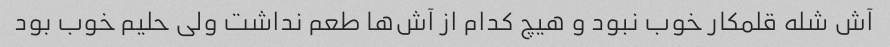
آش شله قلمکار خوب نبود و هیچ کدام از آش‌ها طعم نداشت ولی حلیم خوب بود